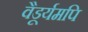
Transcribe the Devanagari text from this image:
वैडूर्यमपि